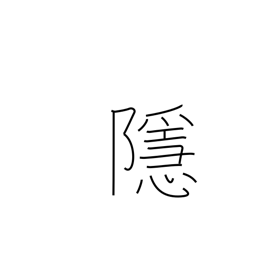
Meaning: hide